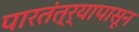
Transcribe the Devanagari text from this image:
पारतंत्र्यापासून